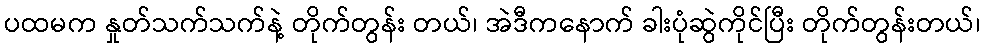
ပထမက နှုတ်သက်သက်နဲ့ တိုက်တွန်း တယ်၊ အဲဒီကနောက် ခါးပုံဆွဲကိုင်ပြီး တိုက်တွန်းတယ်၊